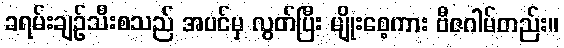
ခရမ်းချဉ်သီးစသည် အပင်မှ လွတ်ပြီး မျိုးစေ့ကား ဗီဇဂါမ်တည်း။